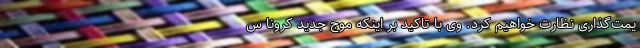
یمت‌گذاری نظارت خواهیم کرد. وی با تاکید بر اینکه موج جدید کرونا س